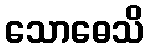
သောဓေသိ